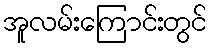
အူလမ်းကြောင်းတွင်